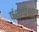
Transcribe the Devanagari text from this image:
पंथांपेक्षा